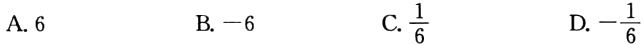
A. \(6\)  B. \(-6\)  C. \(\frac{1}{6}\)  D. \(-\frac{1}{6}\)